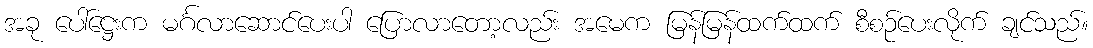
အခု ပေါ်ဋ္ဌေးက မင်္ဂလာဆောင်ပေးပါ ပြောလာတော့လည်း အမေက မြန်မြန်ထက်ထက် စီစဉ်ပေးလိုက် ချင်သည်။